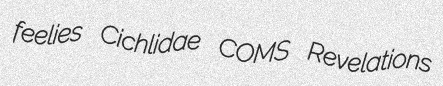
feelies Cichlidae COMS Revelations